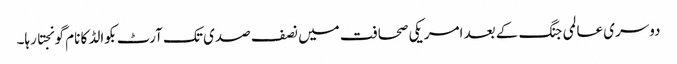
دوسری عالمی جنگ کے بعد امریکی صحافت میں نصف صدی تک آرٹ بکوالڈ کا نام گونجتا رہا۔